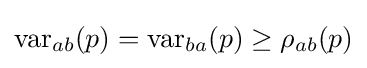
\operatorname {var} _{ab}(p)=\operatorname {var} _{ba}(p)\geq \rho _{ab}(p)